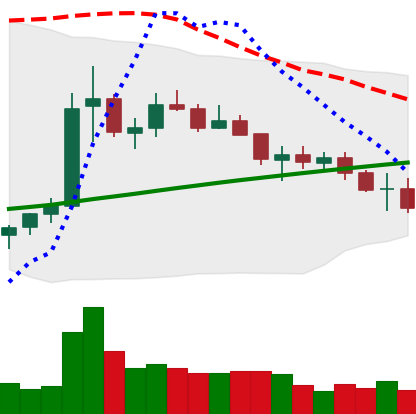
Ticker: ETC-USD
Chart end date: 2021-07-15
Forward return: -8.734%
Label: down_7plus